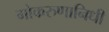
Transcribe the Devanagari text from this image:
गोकरुणानिधी